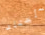
سأختار